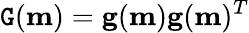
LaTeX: \mathtt{G}(\mathbf{{m}})=\mathbf{{g}}(\mathbf{{m}})\mathbf{{g}}(\mathbf{{m}})^{T}